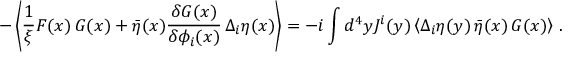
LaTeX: - \left\langle \frac { 1 } { \xi } F ( x ) \, G ( x ) + \bar { \eta } ( x ) \frac { \delta G ( x ) } { \delta \phi _ { i } ( x ) } \, \Delta _ { i } \eta ( x ) \right\rangle = - i \int d ^ { 4 } y J ^ { i } ( y ) \left\langle \Delta _ { i } \eta ( y ) \, \bar { \eta } ( x ) \, G ( x ) \right\rangle \, .